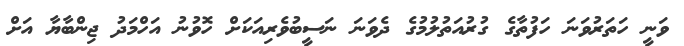
ވަނީ ހަތަރުވަނަ ހަފުތާގެ ގުރުއަތުލުމުގެ ދެވަނަ ނަސީބުވެރިއަކަށް ހޮވުނު އަހްމަދު ޖިންބާޔާ އަށް